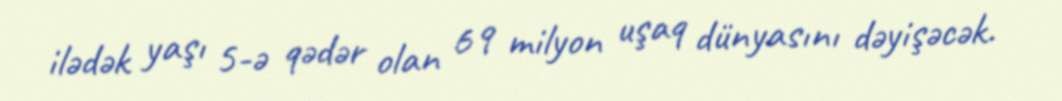
ilədək yaşı 5-ə qədər olan 69 milyon uşaq dünyasını dəyişəcək.